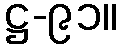
ဋ္ဌ-၉၁။